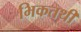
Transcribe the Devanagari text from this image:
भिकतथी